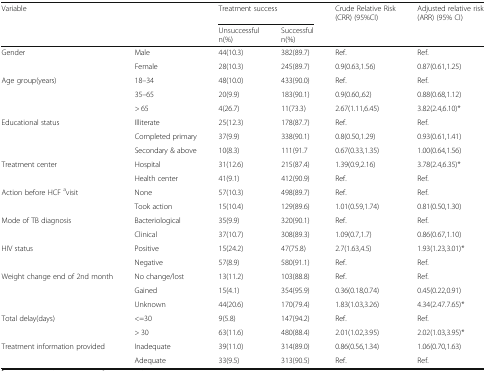
<table><thead><tr><td rowspan="2" colspan="2"><b>Variable</b></td><td colspan="2"><b>Treatment success</b></td><td><b>Crude Relative Risk (CRR) (95%CI)</b></td><td><b>Adjusted relative risk (ARR) (95% CI)</b></td></tr><tr><td><b>Unsuccessfuln(%)</b></td><td><b>Successfuln(%)</b></td><td></td><td></td></tr></thead><tbody><tr><td rowspan="2">Gender</td><td>Male</td><td>44(10.3)</td><td>382(89.7)</td><td>Ref.</td><td>Ref.</td></tr><tr><td>Female</td><td>28(10.3)</td><td>245(89.7)</td><td>0.9(0.63,1.56)</td><td>0.87(0.61,1.25)</td></tr><tr><td rowspan="3">Age group(years)</td><td>18–34</td><td>48(10.0)</td><td>433(90.0)</td><td>Ref.</td><td>Ref.</td></tr><tr><td>35–65</td><td>20(9.9)</td><td>183(90.1)</td><td>0.9(0.60,.62)</td><td>0.88(0.68,1.12)</td></tr><tr><td>&gt; 65</td><td>4(26.7)</td><td>11(73.3)</td><td>2.67(1.11,6.45)</td><td>3.82(2.4,6.10)*</td></tr><tr><td rowspan="3">Educational status</td><td>Illiterate</td><td>25(12.3)</td><td>178(87.7)</td><td>Ref.</td><td>Ref.</td></tr><tr><td>Completed primary</td><td>37(9.9)</td><td>338(90.1)</td><td>0.8(0.50,1.29)</td><td>0.93(0.61,1.41)</td></tr><tr><td>Secondary &amp; above</td><td>10(8.3)</td><td>111(91.7</td><td>0.67(0.33,1.35)</td><td>1.00(0.64,1.56)</td></tr><tr><td rowspan="2">Treatment center</td><td>Hospital</td><td>31(12.6)</td><td>215(87.4)</td><td>1.39(0.9,2.16)</td><td>3.78(2.4,6.35)*</td></tr><tr><td>Health center</td><td>41(9.1)</td><td>412(90.9)</td><td>Ref.</td><td>Ref.</td></tr><tr><td rowspan="2">Action before HCF <sup>a</sup>visit</td><td>None</td><td>57(10.3)</td><td>498(89.7)</td><td>Ref.</td><td>Ref.</td></tr><tr><td>Took action</td><td>15(10.4)</td><td>129(89.6)</td><td>1.01(0.59,1.74)</td><td>0.81(0.50,1.30)</td></tr><tr><td rowspan="2">Mode of TB diagnosis</td><td>Bacteriological</td><td>35(9.9)</td><td>320(90.1)</td><td>Ref.</td><td>Ref.</td></tr><tr><td>Clinical</td><td>37(10.7)</td><td>308(89.3)</td><td>1.09(0.7,1.7)</td><td>0.86(0.67,1.10)</td></tr><tr><td rowspan="2">HIV status</td><td>Positive</td><td>15(24.2)</td><td>47(75.8)</td><td>2.7(1.63,4.5)</td><td>1.93(1.23,3.01)*</td></tr><tr><td>Negative</td><td>57(8.9)</td><td>580(91.1)</td><td>Ref.</td><td>Ref.</td></tr><tr><td rowspan="3">Weight change end of 2nd month</td><td>No change/lost</td><td>13(11.2)</td><td>103(88.8)</td><td>Ref.</td><td>Ref.</td></tr><tr><td>Gained</td><td>15(4.1)</td><td>354(95.9)</td><td>0.36(0.18,0.74)</td><td>0.45(0.22,0.91)</td></tr><tr><td>Unknown</td><td>44(20.6)</td><td>170(79.4)</td><td>1.83(1.03,3.26)</td><td>4.34(2.47.7.65)*</td></tr><tr><td rowspan="2">Total delay(days)</td><td>&lt;=30</td><td>9(5.8)</td><td>147(94.2)</td><td>Ref.</td><td>Ref.</td></tr><tr><td>&gt; 30</td><td>63(11.6)</td><td>480(88.4)</td><td>2.01(1.02,3.95)</td><td>2.02(1.03,3.95)*</td></tr><tr><td rowspan="2">Treatment information provided</td><td>Inadequate</td><td>39(11.0)</td><td>314(89.0)</td><td>0.86(0.56,1.34)</td><td>1.06(0.70,1.63)</td></tr><tr><td>Adequate</td><td>33(9.5)</td><td>313(90.5)</td><td>Ref.</td><td>Ref.</td></tr></tbody></table>